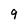
Character: 9